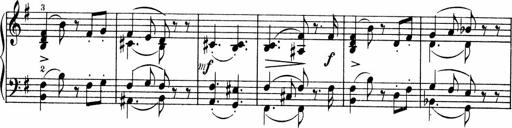
Title: 3 Sonatinen fÃ¼r Pianoforte
Composer: Fritz von Bose